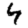
Digit: 4